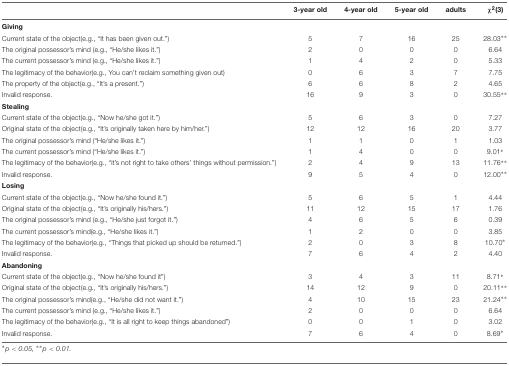
<table><thead><tr><td></td><td><b>3-year old</b></td><td><b>4-year old</b></td><td><b>5-year old</b></td><td><b>adults</b></td><td><b>χ<sup>2</sup>(3)</b></td></tr></thead><tbody><tr><td colspan="6"><b>Giving</b></td></tr><tr><td>Current state of the object (e.g., “It has been given out.”)</td><td>5</td><td>7</td><td>16</td><td>25</td><td>28.03<sup>∗∗</sup></td></tr><tr><td>The original possessor’s mind (e.g., “He/she likes it.”)</td><td>2</td><td>0</td><td>0</td><td>0</td><td>6.64</td></tr><tr><td>The current possessor’s mind (e.g., “He/she likes it.”)</td><td>1</td><td>4</td><td>2</td><td>0</td><td>5.33</td></tr><tr><td>The legitimacy of the behavior (e.g., You can’t reclaim something given out)</td><td>0</td><td>6</td><td>3</td><td>7</td><td>7.75</td></tr><tr><td>The property of the object (e.g., “It’s a present.”)</td><td>6</td><td>6</td><td>8</td><td>2</td><td>4.65</td></tr><tr><td>Invalid response.</td><td>16</td><td>9</td><td>3</td><td>0</td><td>30.55<sup>∗∗</sup></td></tr><tr><td colspan="6"><b>Stealing</b></td></tr><tr><td>Current state of the object (e.g., “Now he/she got it.”)</td><td>5</td><td>6</td><td>3</td><td>0</td><td>7.27</td></tr><tr><td>Original state of the object (e.g., “It’s originally taken here by him/her.”)</td><td>12</td><td>12</td><td>16</td><td>20</td><td>3.77</td></tr><tr><td>The original possessor’s mind (“He/she likes it.”)</td><td>1</td><td>1</td><td>0</td><td>1</td><td>1.03</td></tr><tr><td>The current possessor’s mind (“He/she likes it.”)</td><td>1</td><td>4</td><td>0</td><td>0</td><td>9.01<sup>∗</sup></td></tr><tr><td>The legitimacy of the behavior (e.g., “it’s not right to take others’ things without permission.”)</td><td>2</td><td>4</td><td>9</td><td>13</td><td>11.76<sup>∗∗</sup></td></tr><tr><td>Invalid response.</td><td>9</td><td>5</td><td>4</td><td>0</td><td>12.00<sup>∗∗</sup></td></tr><tr><td colspan="6"><b>Losing</b></td></tr><tr><td>Current state of the object (e.g., “Now he/she found it.”)</td><td>5</td><td>6</td><td>5</td><td>1</td><td>4.44</td></tr><tr><td>Original state of the object (e.g., “It’s originally his/hers.”)</td><td>11</td><td>12</td><td>15</td><td>17</td><td>1.76</td></tr><tr><td>The original possessor’s mind (e.g., “He/she just forgot it.”)</td><td>4</td><td>6</td><td>5</td><td>6</td><td>0.39</td></tr><tr><td>The current possessor’s mind (e.g., “He/she likes it.”)</td><td>1</td><td>2</td><td>0</td><td>0</td><td>3.85</td></tr><tr><td>The legitimacy of the behavior (e.g., “Things that picked up should be returned.”)</td><td>2</td><td>0</td><td>3</td><td>8</td><td>10.70<sup>∗</sup></td></tr><tr><td>Invalid response.</td><td>7</td><td>6</td><td>4</td><td>2</td><td>4.40</td></tr><tr><td colspan="6"><b>Abandoning</b></td></tr><tr><td>Current state of the object (e.g., “Now he/she found it”)</td><td>3</td><td>4</td><td>3</td><td>11</td><td>8.71<sup>∗</sup></td></tr><tr><td>Original state of the object (e.g., “It’s originally his/hers.”)</td><td>14</td><td>12</td><td>9</td><td>0</td><td>20.11<sup>∗∗</sup></td></tr><tr><td>The original possessor’s mind (e.g., “He/she did not want it.”)</td><td>4</td><td>10</td><td>15</td><td>23</td><td>21.24<sup>∗∗</sup></td></tr><tr><td>The current possessor’s mind (e.g., “He/she likes it.”)</td><td>2</td><td>0</td><td>0</td><td>0</td><td>6.64</td></tr><tr><td>The legitimacy of the behavior (e.g., “It is all right to keep things abandoned”)</td><td>0</td><td>0</td><td>1</td><td>0</td><td>3.02</td></tr><tr><td>Invalid response.</td><td>7</td><td>6</td><td>4</td><td>0</td><td>8.69<sup>∗</sup></td></tr></tbody></table>